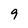
Character: 9